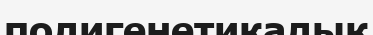
полигенетикалық